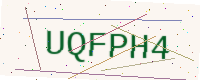
Text: UQFPH4